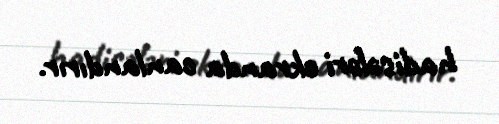
hadisələri ekranda canlandırır.